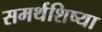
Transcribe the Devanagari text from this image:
समर्थशिष्या